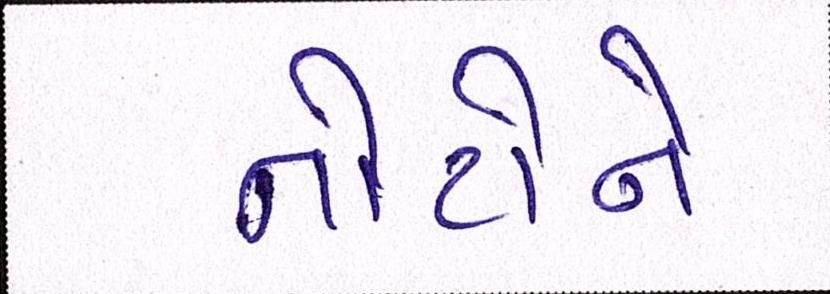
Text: નોટોને